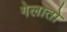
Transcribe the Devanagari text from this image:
गेलातो